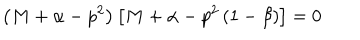
LaTeX: \left( M + \alpha - p ^ { 2 } \right) \left[ M + \alpha - p ^ { 2 } \left( 1 - \beta \right) \right] = 0